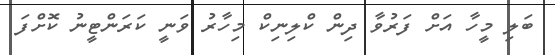
ބަލި މީހާ އަށް ފަރުވާ ދިން ކްލިނިކް މިހާރު ވަނީ ކަރަންޓީނު ކޮށްފަ